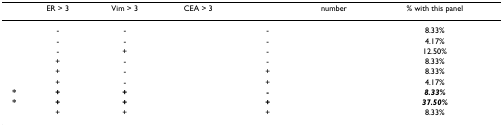
<table><thead><tr><td>[EMPTY_CELL]</td><td><b>ER &gt; 3</b></td><td><b>Vim &gt; 3</b></td><td><b>CEA &gt; 3</b></td><td>[EMPTY_CELL]</td><td><b>number</b></td><td><b>% with this panel</b></td></tr></thead><tbody><tr><td>[EMPTY_CELL]</td><td>-</td><td>-</td><td>[EMPTY_CELL]</td><td>-</td><td>[EMPTY_CELL]</td><td>8.33%</td></tr><tr><td>[EMPTY_CELL]</td><td>-</td><td>-</td><td>[EMPTY_CELL]</td><td>-</td><td>[EMPTY_CELL]</td><td>4.17%</td></tr><tr><td>[EMPTY_CELL]</td><td>-</td><td>+</td><td>[EMPTY_CELL]</td><td>-</td><td>[EMPTY_CELL]</td><td>12.50%</td></tr><tr><td>[EMPTY_CELL]</td><td>+</td><td>-</td><td>[EMPTY_CELL]</td><td>-</td><td>[EMPTY_CELL]</td><td>8.33%</td></tr><tr><td>[EMPTY_CELL]</td><td>+</td><td>-</td><td>[EMPTY_CELL]</td><td>+</td><td>[EMPTY_CELL]</td><td>8.33%</td></tr><tr><td>[EMPTY_CELL]</td><td>+</td><td>-</td><td>[EMPTY_CELL]</td><td>+</td><td>[EMPTY_CELL]</td><td>4.17%</td></tr><tr><td><b>*</b></td><td><b>+</b></td><td><b>+</b></td><td>[EMPTY_CELL]</td><td><b>-</b></td><td>[EMPTY_CELL]</td><td><b><i>8.33%</i></b></td></tr><tr><td><b>*</b></td><td><b>+</b></td><td><b>+</b></td><td>[EMPTY_CELL]</td><td><b>+</b></td><td>[EMPTY_CELL]</td><td><b><i>37.50%</i></b></td></tr><tr><td>[EMPTY_CELL]</td><td>+</td><td>+</td><td>[EMPTY_CELL]</td><td>+</td><td>[EMPTY_CELL]</td><td>8.33%</td></tr></tbody></table>